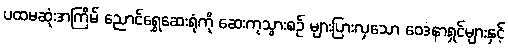
ပထမဆုံးအကြိမ် ညောင်ရွှေဆေးရုံကို ဆေးကုသွားစဉ် များပြားလှသော ဝေဒနာရှင်များနှင့်